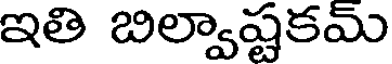
ఇతి బిల్వాష్టకమ్